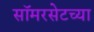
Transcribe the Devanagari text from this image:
सॉमरसेटच्या